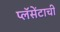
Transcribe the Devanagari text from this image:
प्लॅसेंटाची